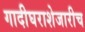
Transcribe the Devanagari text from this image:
गादीघराशेजारीच